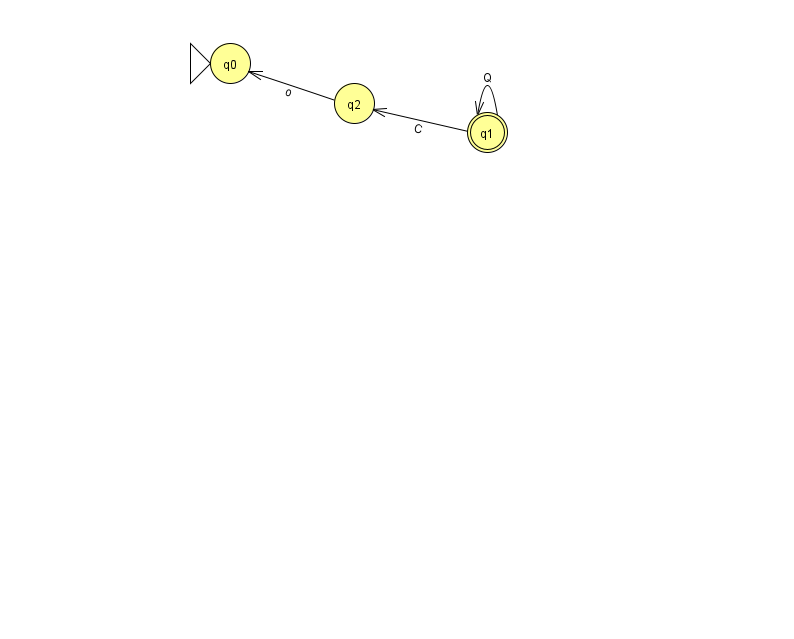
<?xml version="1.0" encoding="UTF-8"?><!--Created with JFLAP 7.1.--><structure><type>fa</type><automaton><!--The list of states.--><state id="0" name="q0"><x>230.0</x><y>50.0</y><initial/></state><state id="1" name="q1"><x>487.0</x><y>119.0</y><final/></state><state id="2" name="q2"><x>354.0</x><y>90.0</y></state><!--The list of transitions.--><transition><from>1</from><to>1</to><read>Q</read></transition><transition><from>1</from><to>2</to><read>C</read></transition><transition><from>2</from><to>0</to><read>o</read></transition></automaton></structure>